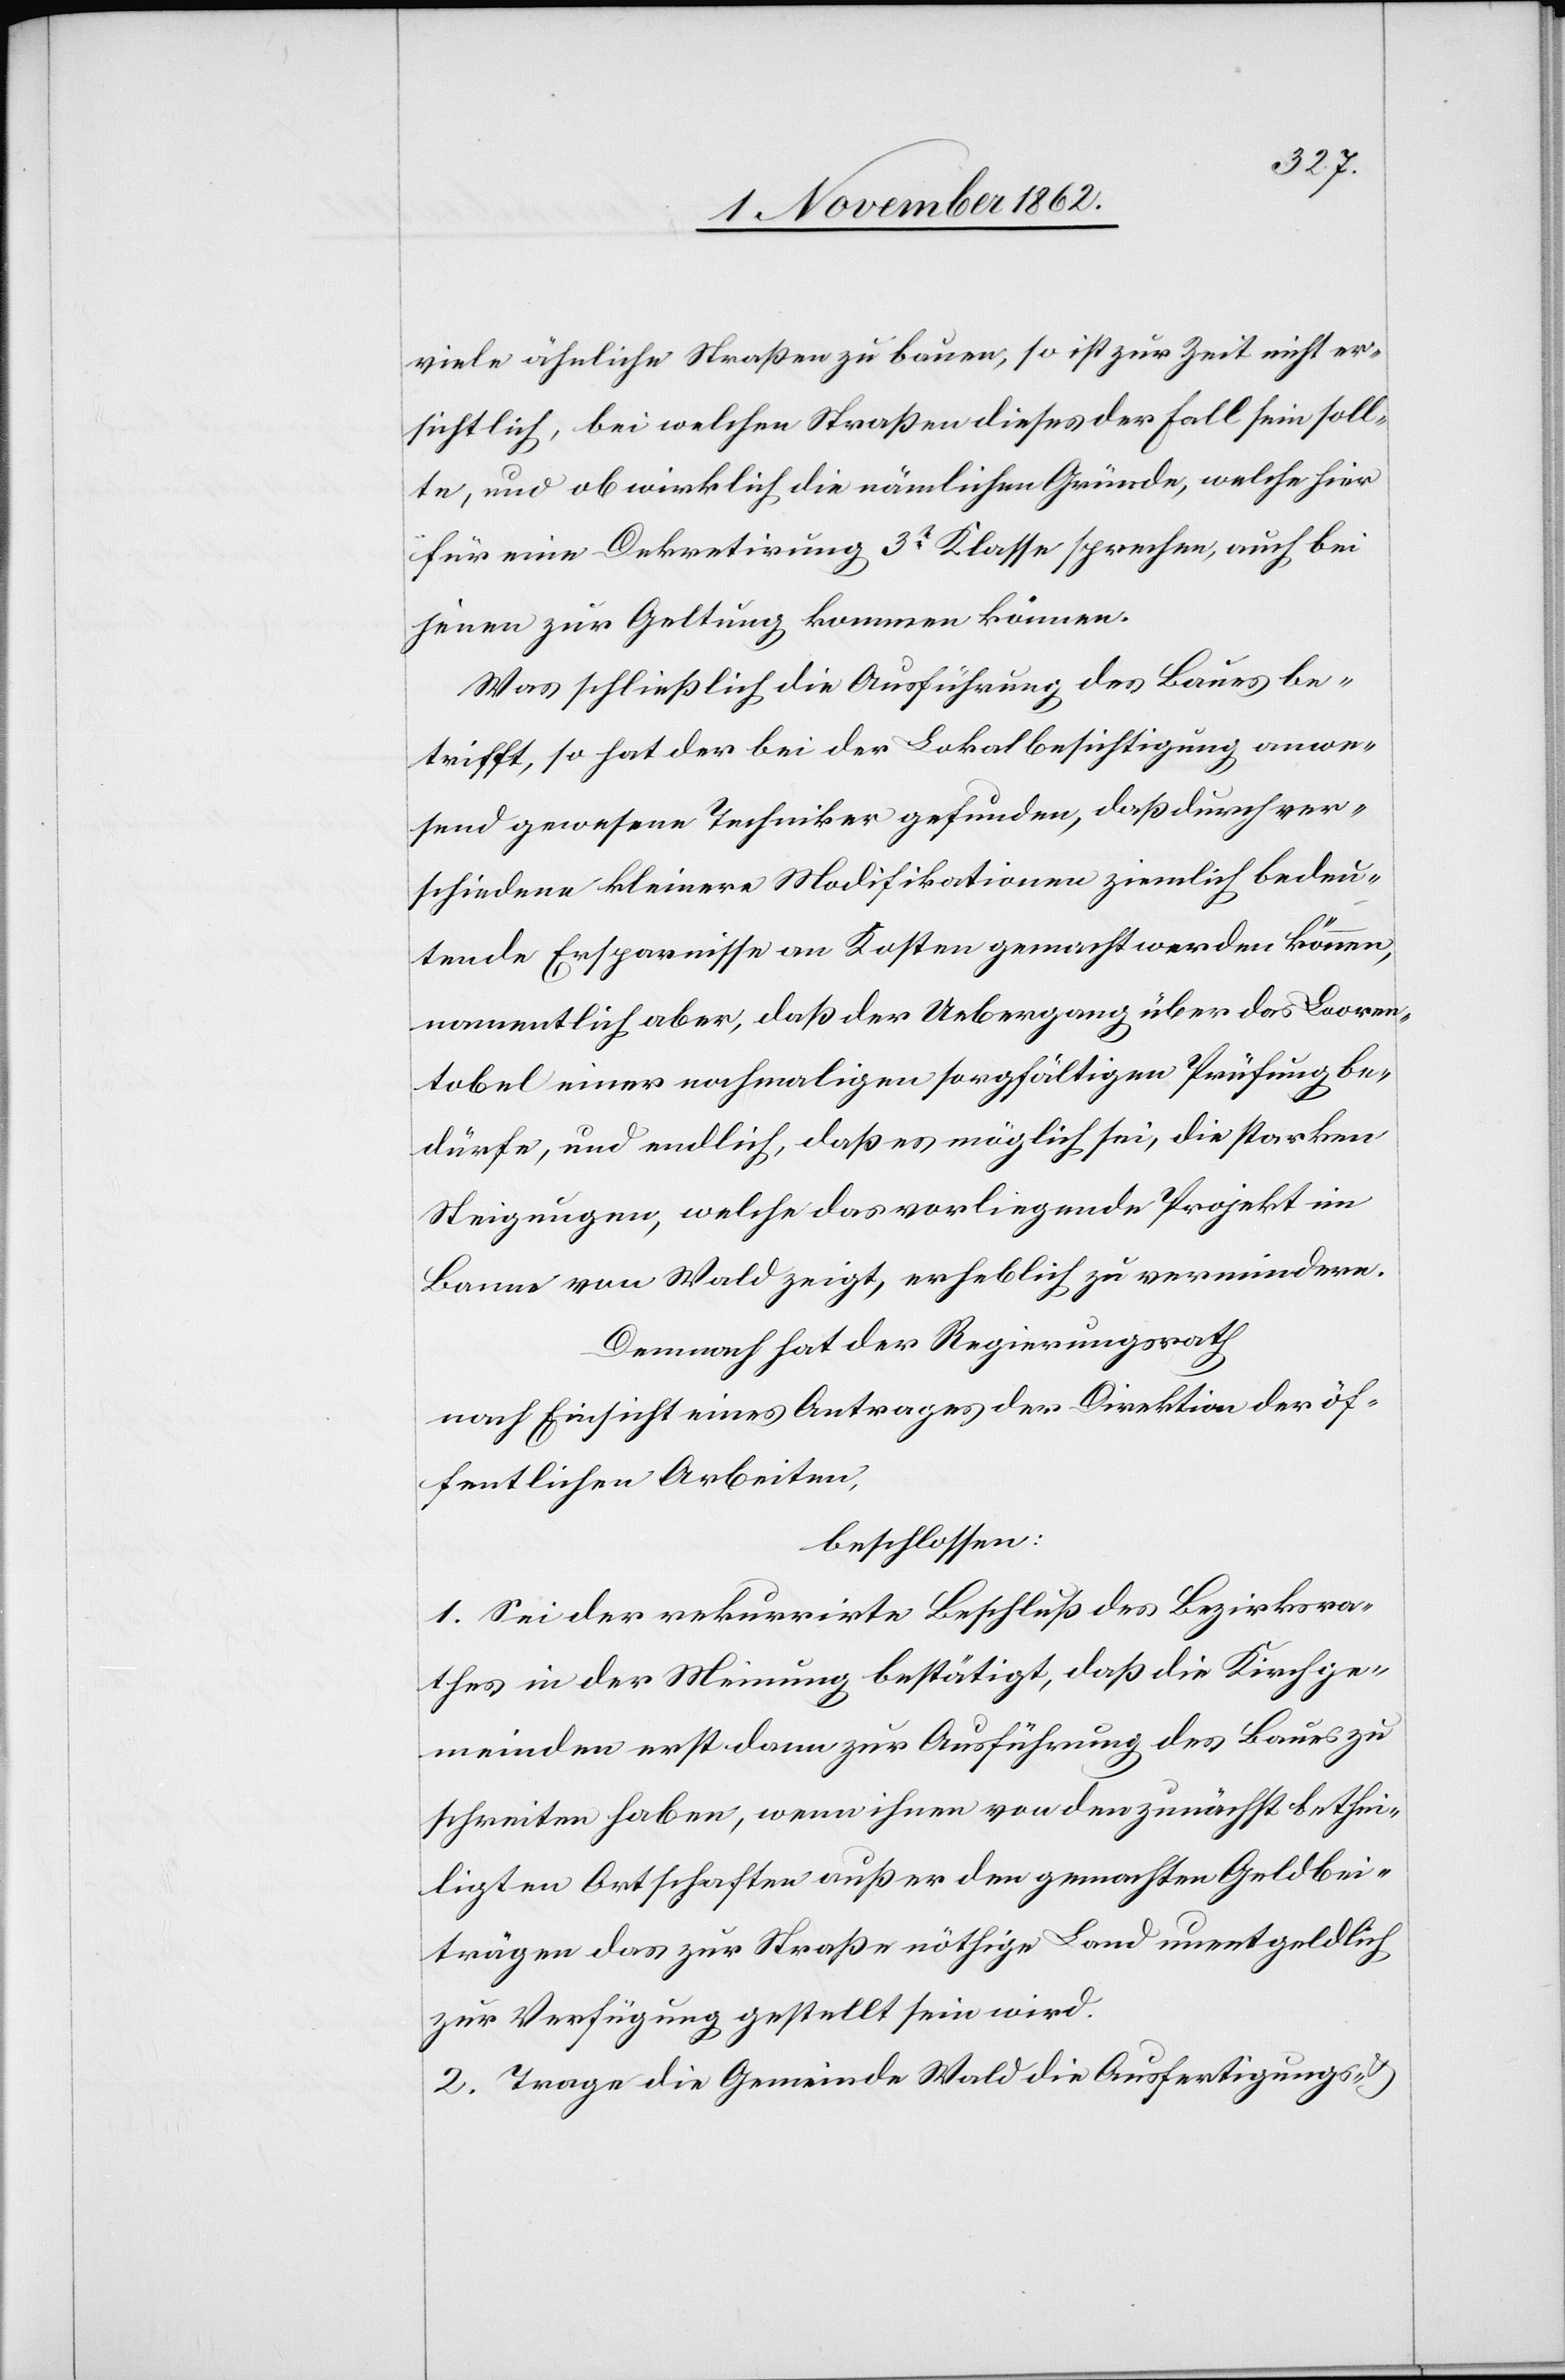
viele ähnliche Straßen zu bauen, so ist zur Zeit nicht er¬
sichtlich, bei welchen Straßen dieses der Fall sein soll¬
te, und ob wirklich die nämlichen Gründe, welche hier
für eine Dekretirung 3t Klasse sprechen, auch bei
jenen zur Geltung kommen können.
Was schließlich die Ausführung des Baues be¬
trifft, so hat der bei der Lokalbesichtigung anwe¬
send gewesene Techniker gefunden, daß durch ver¬
schiedene kleinere Modifikationen ziemlich bedeu¬
tende Ersparnisse an Kosten gemacht werden können,
namentlich aber, daß der Uebergang über das Looren¬
tobel einer nochmaligen sorgfältigen Prüfung be¬
dürfe, und endlich daß es möglich sei, die starken
Steigungen, welche das vorliegende Projekt im
Banne von Wald zeigt, erheblich zu vermindern.
Demnach hat der Regierungsrath
nach Einsicht eines Antrages der Direktion der öf¬
fentlichen Arbeiten,
beschlossen:
1. Sei der rekurrirte Beschluß des Bezirksra¬
thes in der Meinung bestätigt, daß die Kirchge¬
meinden erst dann zur Ausführung des Baues zu
schreiten haben, wenn ihnen von den zunächst bethei¬
ligen Ortschaften außer den gemachten Geldbei¬
trägen das zur Straße nöthige Land unentgeldlich
zur Verfügung gestellt sein wird.
2. Trage die Gemeinde Wald die Ausfertigungs-